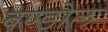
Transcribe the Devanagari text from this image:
बण्डोल